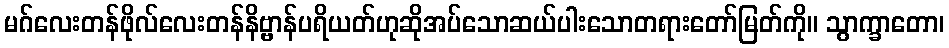
မဂ်လေးတန်ဖိုလ်လေးတန်နိဗ္ဗာန်ပရိယတ်ဟုဆိုအပ်သောဆယ်ပါးသောတရားတော်မြတ်ကို။ သွာက္ခာတော၊